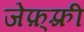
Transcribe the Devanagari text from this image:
जेफ़्फ़्री